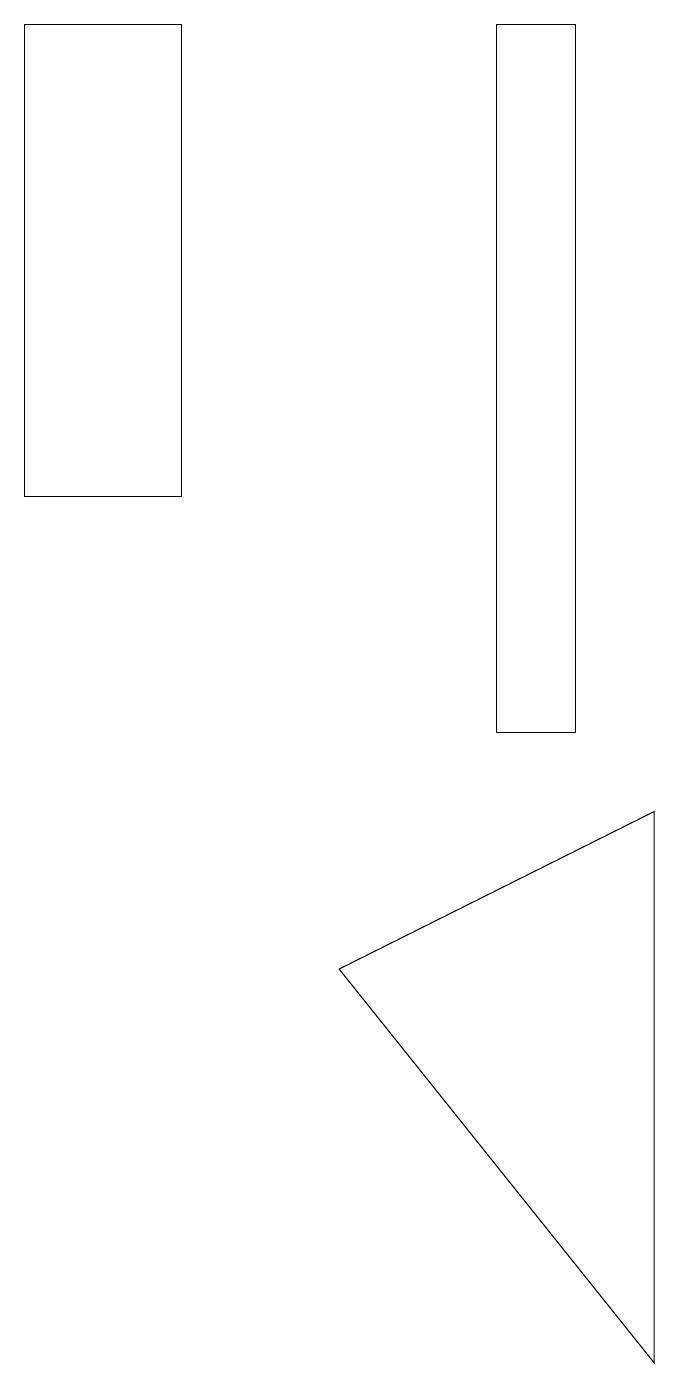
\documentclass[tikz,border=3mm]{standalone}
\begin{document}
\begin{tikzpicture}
\draw (3,19) rectangle (1,13);
\draw (5,7) -- (9,9) -- (9,2) -- cycle;
\draw (8,19) rectangle (7,10);
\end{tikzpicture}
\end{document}